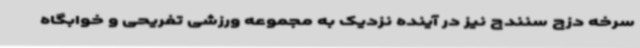
سرخه دزج سنندج نیز در آینده نزدیک به مجموعه ورزشی تفریحی و خوابگاه